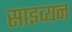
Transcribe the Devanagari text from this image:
साइव्यन